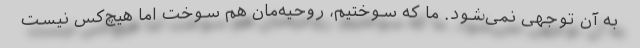
به آن توجهی نمی‌شود. ما که سوختیم، روحیه‌مان هم سوخت اما هیچ‌کس نیست